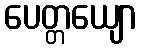
ပေတ္တယျော